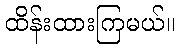
ထိန်းထားကြမယ်။